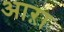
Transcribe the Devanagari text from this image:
आऱा